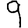
Digit: 9